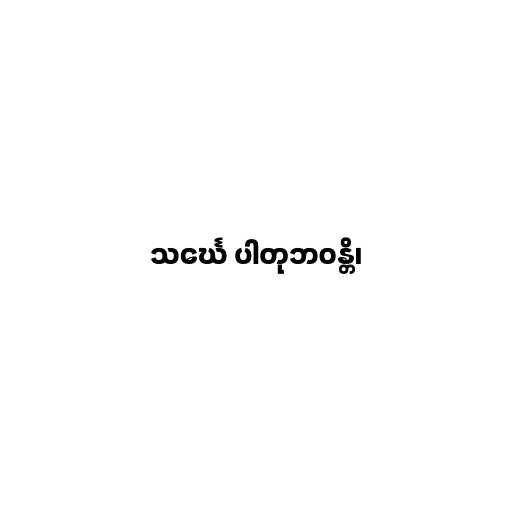
သင်္ဃေ ပါတုဘဝန္တိ၊